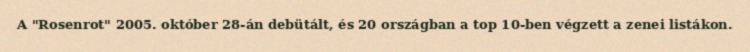
A "Rosenrot" 2005. október 28-án debütált, és 20 országban a top 10-ben végzett a zenei listákon.